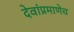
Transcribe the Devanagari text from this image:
देवांप्रमाणेच